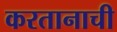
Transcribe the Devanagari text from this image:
करतानाची